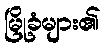
မြို့ခံများ၏